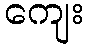
ကျေး